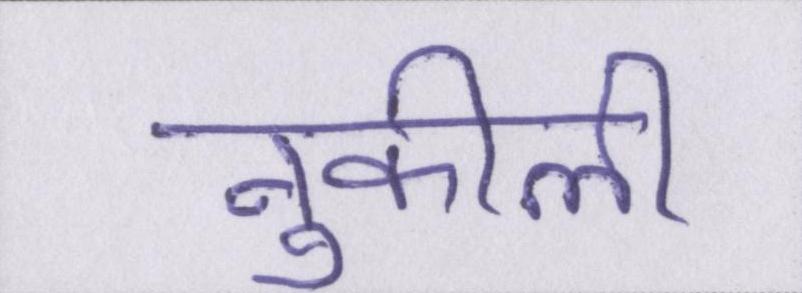
नुकीली